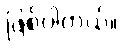
ဖြစ်ပါတယ်။